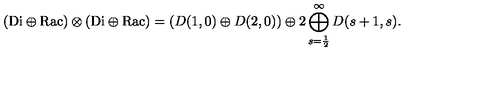
( { \mathrm { D i } } \oplus { \mathrm { R a c } } ) \otimes ( { \mathrm { D i } } \oplus { \mathrm { R a c } } ) = ( D ( 1 , 0 ) \oplus D ( 2 , 0 ) ) \oplus 2 \bigoplus _ { s = \frac { 1 } { 2 } } ^ { \infty } D ( s + 1 , s ) .